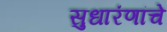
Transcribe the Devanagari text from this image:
सुधारंणांचे